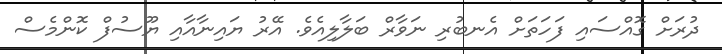
ދުރަށް ގޮއްސައި ފަހަތަށް އެނބުރި ނަވާރް ބަލާލިއެވެ. އޭރު ޔައިނާއާއި ޔޫސުފް ކޮންމެސް